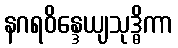
နဂရဝိန္ဒေယျသုဒ္ဓိကာ